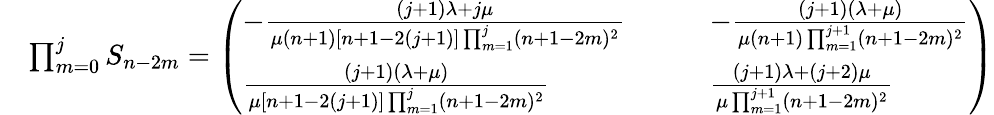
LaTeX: \begin{array}{rl}&{\prod_{m=0}^{j}S_{n-2m}=\left(\begin{array}{ll}{-\frac{(j+1)\lambda+j\mu}{\mu(n+1)[n+1-2(j+1)]\prod_{m=1}^{j}(n+1-2m)^{2}}}&{\qquad-\frac{(j+1)(\lambda+\mu)}{\mu(n+1)\prod_{m=1}^{j+1}(n+1-2m)^{2}}}\\ {\frac{(j+1)(\lambda+\mu)}{\mu[n+1-2(j+1)]\prod_{m=1}^{j}(n+1-2m)^{2}}}&{\qquad\frac{(j+1)\lambda+(j+2)\mu}{\mu\prod_{m=1}^{j+1}(n+1-2m)^{2}}}\end{array}\right)}\end{array}